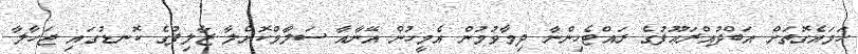
ހަމައެގޮތަށް އަބްދުއްރަޢޫފުގެ ރައްޓެހިންނާ ދިމާވުމުން އެމީހުން އޭނާއާ ސަލާމްކޮށްލާ ޒާލިފުގެ ކޮނޑުގައި ޖަހާލާ